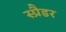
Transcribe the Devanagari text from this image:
स्प्रैडर